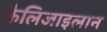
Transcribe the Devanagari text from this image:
कैलिजाइलान